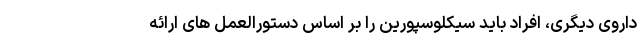
داروی دیگری، افراد باید سیکلوسپورین را بر اساس دستورالعمل های ارائه